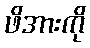
ဖိအားကို